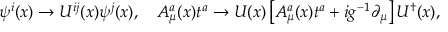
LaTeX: \psi ^ { i } ( x ) \to U ^ { i j } ( x ) \psi ^ { j } ( x ) , \quad A _ { \mu } ^ { a } ( x ) t ^ { a } \to U ( x ) \left[ A _ { \mu } ^ { a } ( x ) t ^ { a } + i g ^ { - 1 } \partial _ { \mu } \right] U ^ { \dagger } ( x ) ,